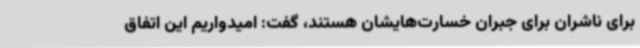
برای ناشران برای جبران خسارت‌هایشان هستند، گفت: امیدواریم این اتفاق